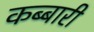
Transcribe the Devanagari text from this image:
कब्बारी